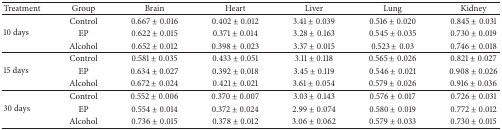
<table><thead><tr><td><b>Treatment</b></td><td><b>Group</b></td><td><b>Brain</b></td><td><b>Heart</b></td><td><b>Liver</b></td><td><b>Lung</b></td><td><b>Kidney</b></td></tr></thead><tbody><tr><td rowspan="3">10 days</td><td>Control</td><td>0.667 ± 0.016</td><td>0.402 ± 0.012</td><td>3.41 ± 0.039</td><td>0.516 ± 0.020</td><td>0.845 ± 0.031</td></tr><tr><td>EP</td><td>0.622 ± 0.015</td><td>0.371 ± 0.014</td><td>3.28 ± 0.163</td><td>0.545 ± 0.035</td><td>0.730 ± 0.019</td></tr><tr><td>Alcohol</td><td>0.652 ± 0.012</td><td>0.398 ± 0.023</td><td>3.37 ± 0.015</td><td>0.523 ± 0.03</td><td>0.746 ± 0.018</td></tr><tr><td rowspan="3">15 days</td><td>Control</td><td>0.581 ± 0.035</td><td>0.433 ± 0.051</td><td>3.11 ± 0.118</td><td>0.565 ± 0.026</td><td>0.821 ± 0.027</td></tr><tr><td>EP</td><td>0.634 ± 0.027</td><td>0.392 ± 0.018</td><td>3.45 ± 0.119</td><td>0.546 ± 0.021</td><td>0.908 ± 0.026</td></tr><tr><td>Alcohol</td><td>0.672 ± 0.024</td><td>0.421 ± 0.021</td><td>3.61 ± 0.054</td><td>0.579 ± 0.026</td><td>0.916 ± 0.036</td></tr><tr><td rowspan="3">30 days</td><td>Control</td><td>0.552 ± 0.006</td><td>0.370 ± 0.007</td><td>3.03 ± 0.143</td><td>0.576 ± 0.017</td><td>0.726 ± 0.031</td></tr><tr><td>EP</td><td>0.554 ± 0.014</td><td>0.372 ± 0.024</td><td>2.99 ± 0.074</td><td>0.580 ± 0.019</td><td>0.772 ± 0.012</td></tr><tr><td>Alcohol</td><td>0.736 ± 0.015</td><td>0.378 ± 0.012</td><td>3.06 ± 0.062</td><td>0.579 ± 0.033</td><td>0.730 ± 0.015</td></tr></tbody></table>